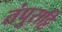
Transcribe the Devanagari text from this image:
तंपुराट्टि